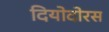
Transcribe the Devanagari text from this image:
दियोदोरस